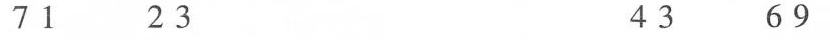
71 23 42 69